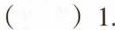
( )1.